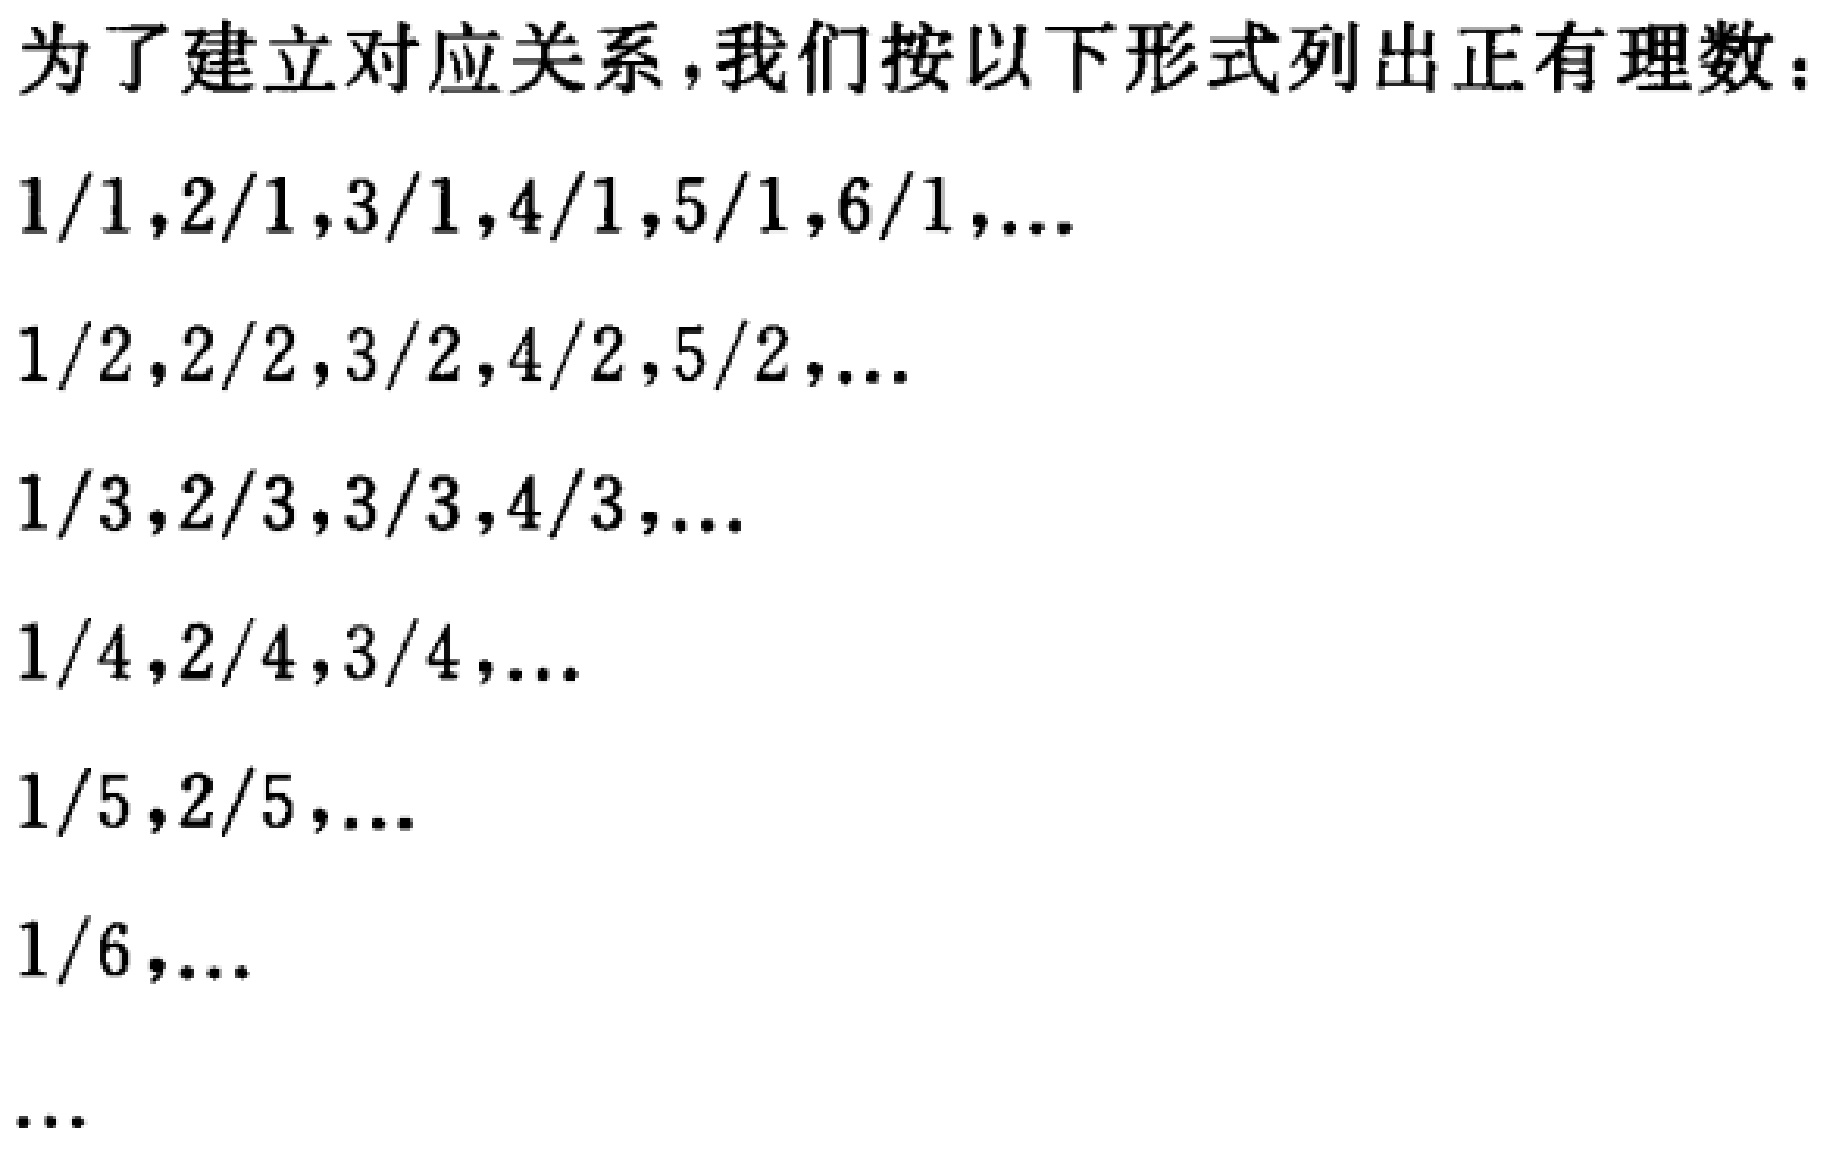
为了建立对应关系，我们按以下形式列出正有理数：
\[
\begin{align*}
&1/1,2/1,3/1,4/1,5/1,6/1,\cdots\\
&1/2,2/2,3/2,4/2,5/2,\cdots\\
&1/3,2/3,3/3,4/3,\cdots\\
&1/4,2/4,3/4,\cdots\\
&1/5,2/5,\cdots\\
&1/6,\cdots\\
&\cdots
\end{align*}
\]